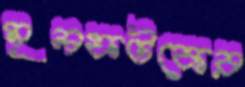
মূলফটকের